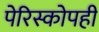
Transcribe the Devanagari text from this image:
पेरिस्कोपही